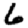
Digit: 6